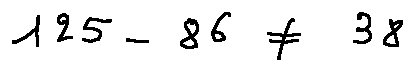
1 2 5 - 8 6 \neq 3 8